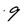
Character: 9